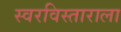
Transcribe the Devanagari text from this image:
स्वरविस्ताराला